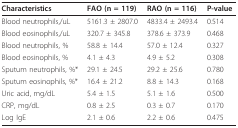
| Characteristics | FAO (n = 119) | RAO (n = 116) | P-value |
 | --- | --- | --- | --- |
 | Blood neutrophils,/uL | 5161.3 ± 2807.0 | 4833.4 ± 2493.4 | 0.514 |
 | Blood eosinophils,/uL | 320.7 ± 345.8 | 378.6 ± 373.9 | 0.468 |
 | Blood neutrophils, % | 58.8 ± 14.4 | 57.0 ± 12.4 | 0.327 |
 | Blood eosinophils, % | 4.1 ± 4.3 | 4.9 ± 5.2 | 0.308 |
 | Sputum neutrophils, %* | 29.1 ± 24.5 | 29.2 ± 25.6 | 0.780 |
 | Sputum eosinophils, %* | 16.4 ± 21.2 | 8.8 ± 14.3 | 0.168 |
 | Uric acid, mg/dL | 5.4 ± 1.5 | 5.1 ± 1.6 | 0.500 |
 | CRP, mg/dL | 0.8 ± 2.5 | 0.3 ± 0.7 | 0.170 |
 | Log IgE | 2.1 ± 0.6 | 2.2 ± 0.6 | 0.475 |